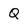
Character: Q